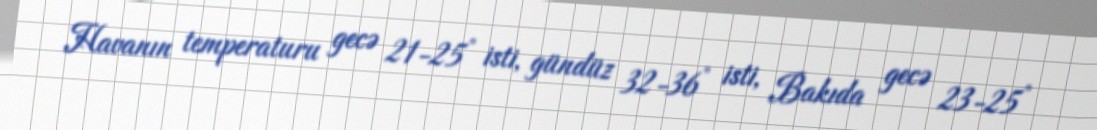
Havanın temperaturu gecə 21-25° isti, gündüz 32-36° isti, Bakıda gecə 23-25°